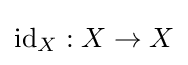
\operatorname {id} _{X}:X\to X